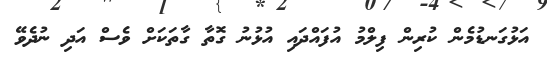
އަޅުގަނޑުމެން ކުރިން ފިލްމު އުފައްދައި އުޅުނު ގޮތާ ގާތަކަށް ވެސް އަދި ނުދެވޭ